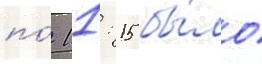
по́ 11: 15 бы́ло